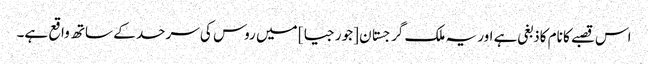
اس قصبے کا نام کاذبغی ہے اور یہ ملک گرجستان [جورجیا] میں روس کی سرحد کے ساتھ واقع ہے۔